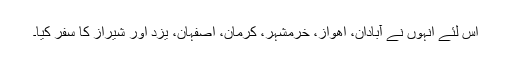
اس لئے انہوں نے آبادان، اھواز، خرمشہر، کرمان، اصفہان، یزد اور شیراز کا سفر کیا۔